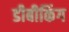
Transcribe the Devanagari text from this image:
डीबीकिंग